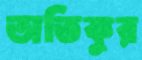
অতিকুর